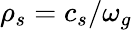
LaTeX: \rho_{s}=c_{s}/\omega_{g}